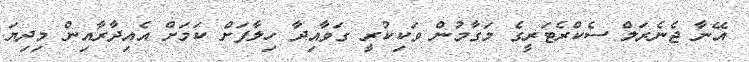
އޭނާ ޖެނެރަލް ސެކްރެޓަރީގެ މަގާމުން ވަކިކުރީ ގަވާއިދާ ހިލާފަށް ކަމަށް އެއިދާރާއިން މިދިޔަ